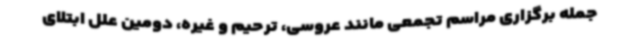
جمله برگزاری مراسم‌ تجمعی مانند عروسی، ترحیم و غیره، دومین علل ابتلای